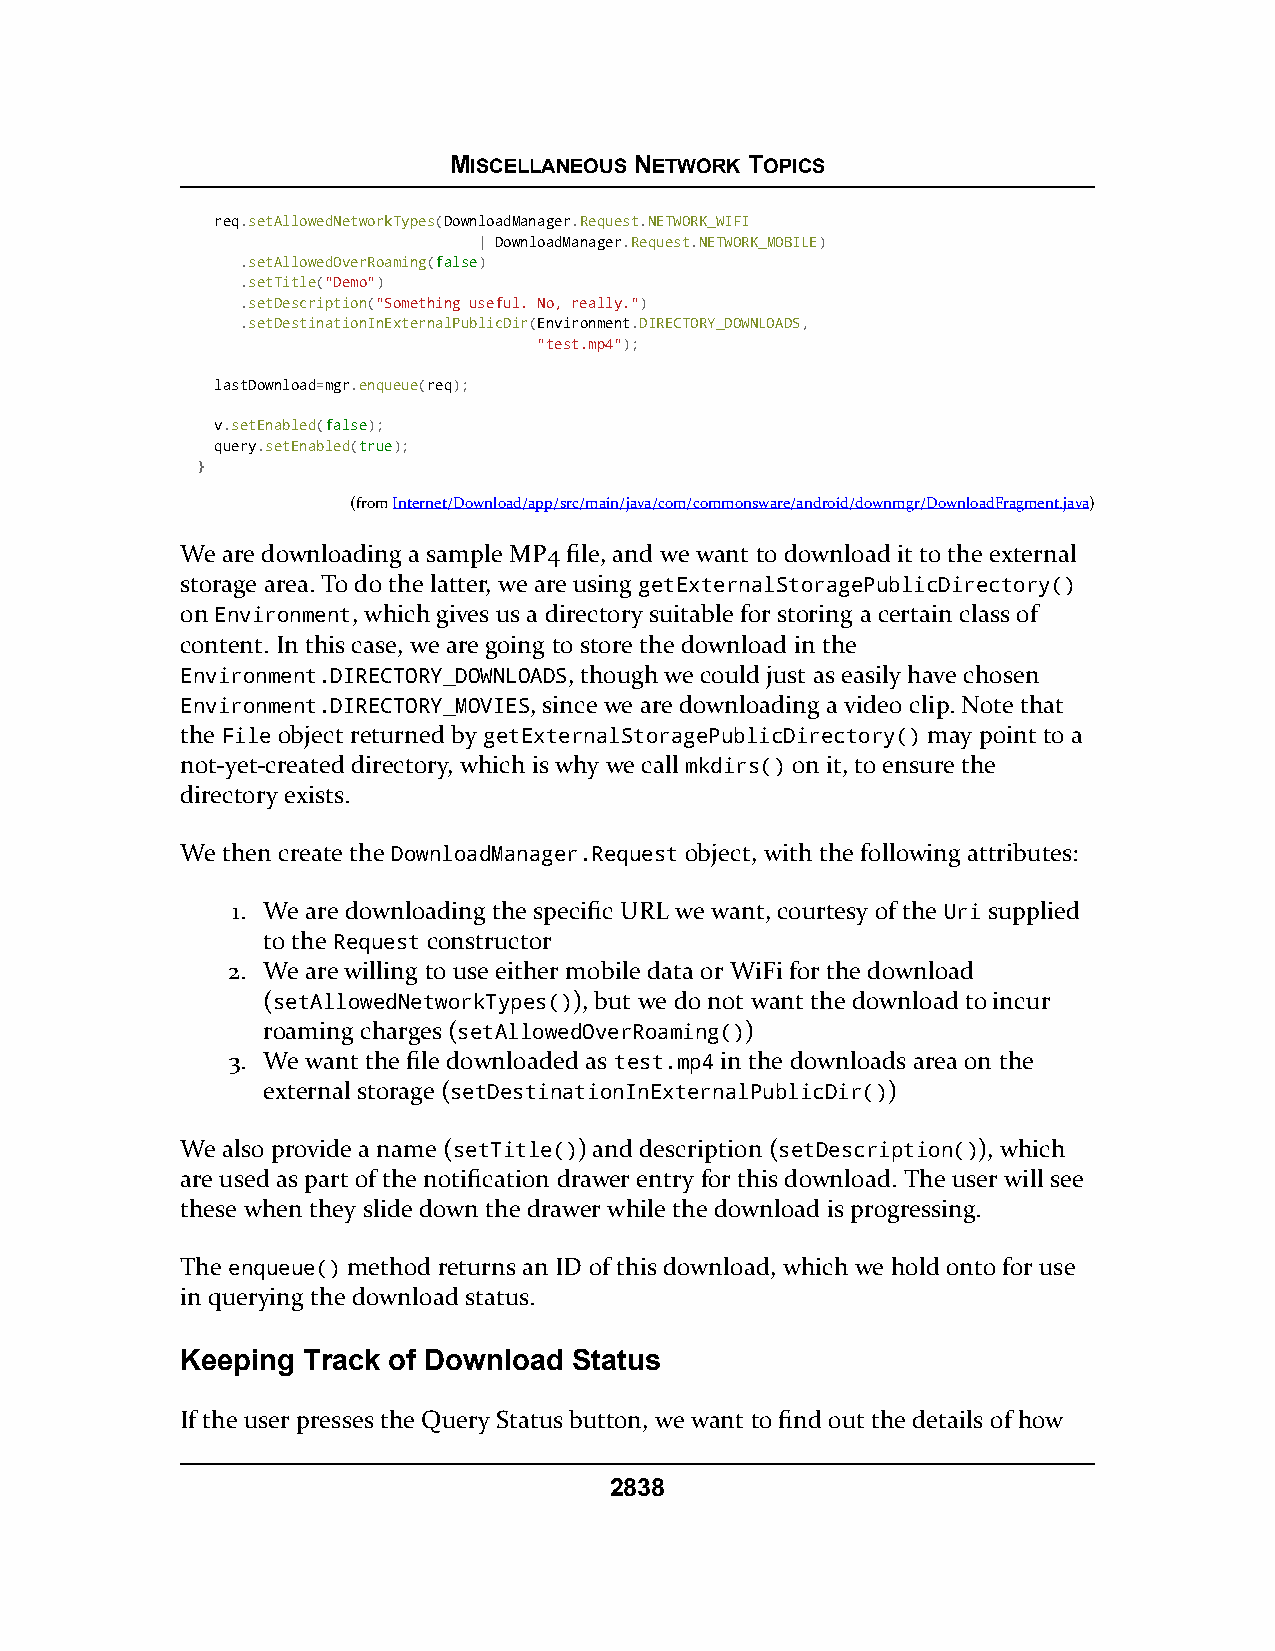
MISCELLANEOUS NETWORK TOPICS
 req.setAllowedNetworkTypes(DownloadManager.Request.NETWORK_WIFI
 | DownloadManager.Request.NETWORK_MOBILE)
 .setAllowedOverRoaming(ffaallssee)
 .setTitle("Demo")
 .setDescription("Something useful. No, really.")
 .setDestinationInExternalPublicDir(Environment.DIRECTORY_DOWNLOADS,
 "test.mp4");
 lastDownload=mgr.enqueue(req);
 v.setEnabled(ffaallssee);
 query.setEnabled(ttrruuee);
 }
 (fromInternet/Download/app/src/main/java/com/commonsware/android/downmgr/DownloadFragment.java)
 We are downloading a sample MP4 file, and we want to download it to the external
 storage area. To do the latter, we are using getExternalStoragePublicDirectory()
 on Environment, which gives us a directory suitable for storing a certain class of
 content. In this case, we are going to store the download in the
 Environment.DIRECTORY_DOWNLOADS, though we could just as easily have chosen
 Environment.DIRECTORY_MOVIES, since we are downloading a video clip. Note that
 the File object returned by getExternalStoragePublicDirectory() may point to a
 not-yet-created directory, which is why we call mkdirs() on it, to ensure the
 directory exists.
 We then create the DownloadManager.Request object, with the following attributes:
 1. We are downloading the specific URL we want, courtesy of the Uri supplied
 to the Request constructor
 2. We are willing to use either mobile data or WiFi for the download
 (setAllowedNetworkTypes()), but we do not want the download to incur
 roaming charges (setAllowedOverRoaming())
 3. We want the file downloaded as test.mp4 in the downloads area on the
 external storage (setDestinationInExternalPublicDir())
 We also provide a name (setTitle()) and description (setDescription()), which
 are used as part of the notification drawer entry for this download. The user will see
 these when they slide down the drawer while the download is progressing.
 The enqueue() method returns an ID of this download, which we hold onto for use
 in querying the download status.
 Keeping Track of Download Status
 If the user presses the Query Status button, we want to find out the details of how
 2838